Scottish Certificate of Education, 1962
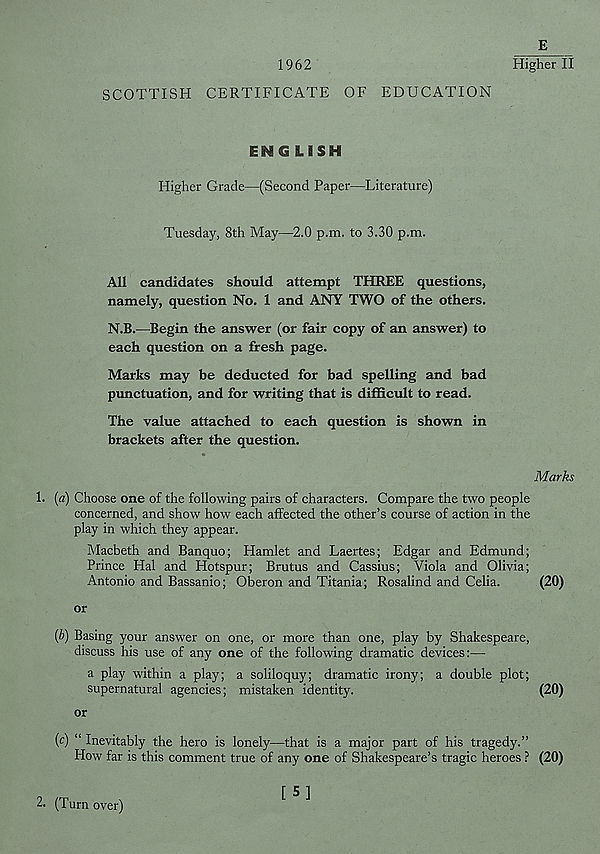
1962
SCOTTISH CERTIFICATE OF EDUCATION
E
Higher II
ENG LISH
Higher Grade—(Second Paper—Literature)
Tuesday, 8th May—2.0 p.m. to 3.30 p.m.
All candidates should attempt THREE questions,
namely, question No. 1 and ANY TWO of the others.
N.B.—Begin the answer (or fair copy of an answer) to
each question on a fresh page.
Marks may be deducted for bad spelling and bad
punctuation, and for writing that is difficult to read.
The value attached to each question is shown in
brackets after the question.
1. (a) Choose one of the following pairs of characters. Compare the two people
concerned, and show how each affected the other’s course of action in the
play in which they appear.
Macbeth and Banquo; Hamlet and Laertes; Edgar and Edmund;
Prince Hal and Hotspur; Brutus and Cassius; Viola and Olivia;
Antonio and Bassanio; Oberon and Titania; Rosalind and Celia.
or
(b) Basing your answer on one, or more than one, play by Shakespeare,
discuss his use of any one of the following dramatic devices:—•
a play within a play; a soliloquy; dramatic irony; a double plot;
supernatural agencies; mistaken identity.
or
(c) “ Inevitably the hero is lonely—that is a major part of his tragedy.”
How far is this comment true of any one of Shakespeare’s tragic heroes ?
Marks
(20)
(20)
(20)
2. (Turn over)
[5]